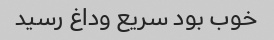
خوب بود سریع وداغ رسید